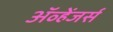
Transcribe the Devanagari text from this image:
ॲव्हेंजर्स